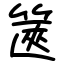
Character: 篋